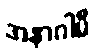
အနာဂါမီ